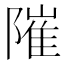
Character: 𨻵